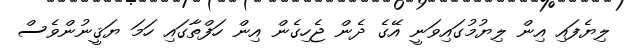
ލިޔެފައި އިން ލިޔުމުގައިވަނީ އޭގެ ދެން ޖެހިގެން އިން ހަފްތާގައި ހަމަ ޔަޤީނުންވެސް